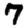
Digit: 7